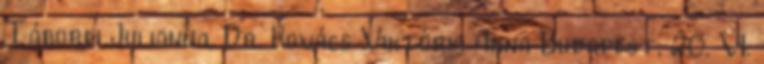
Táborfi Julianna, Dr. Kovács Viktória Anna Budapest, 20. VI.